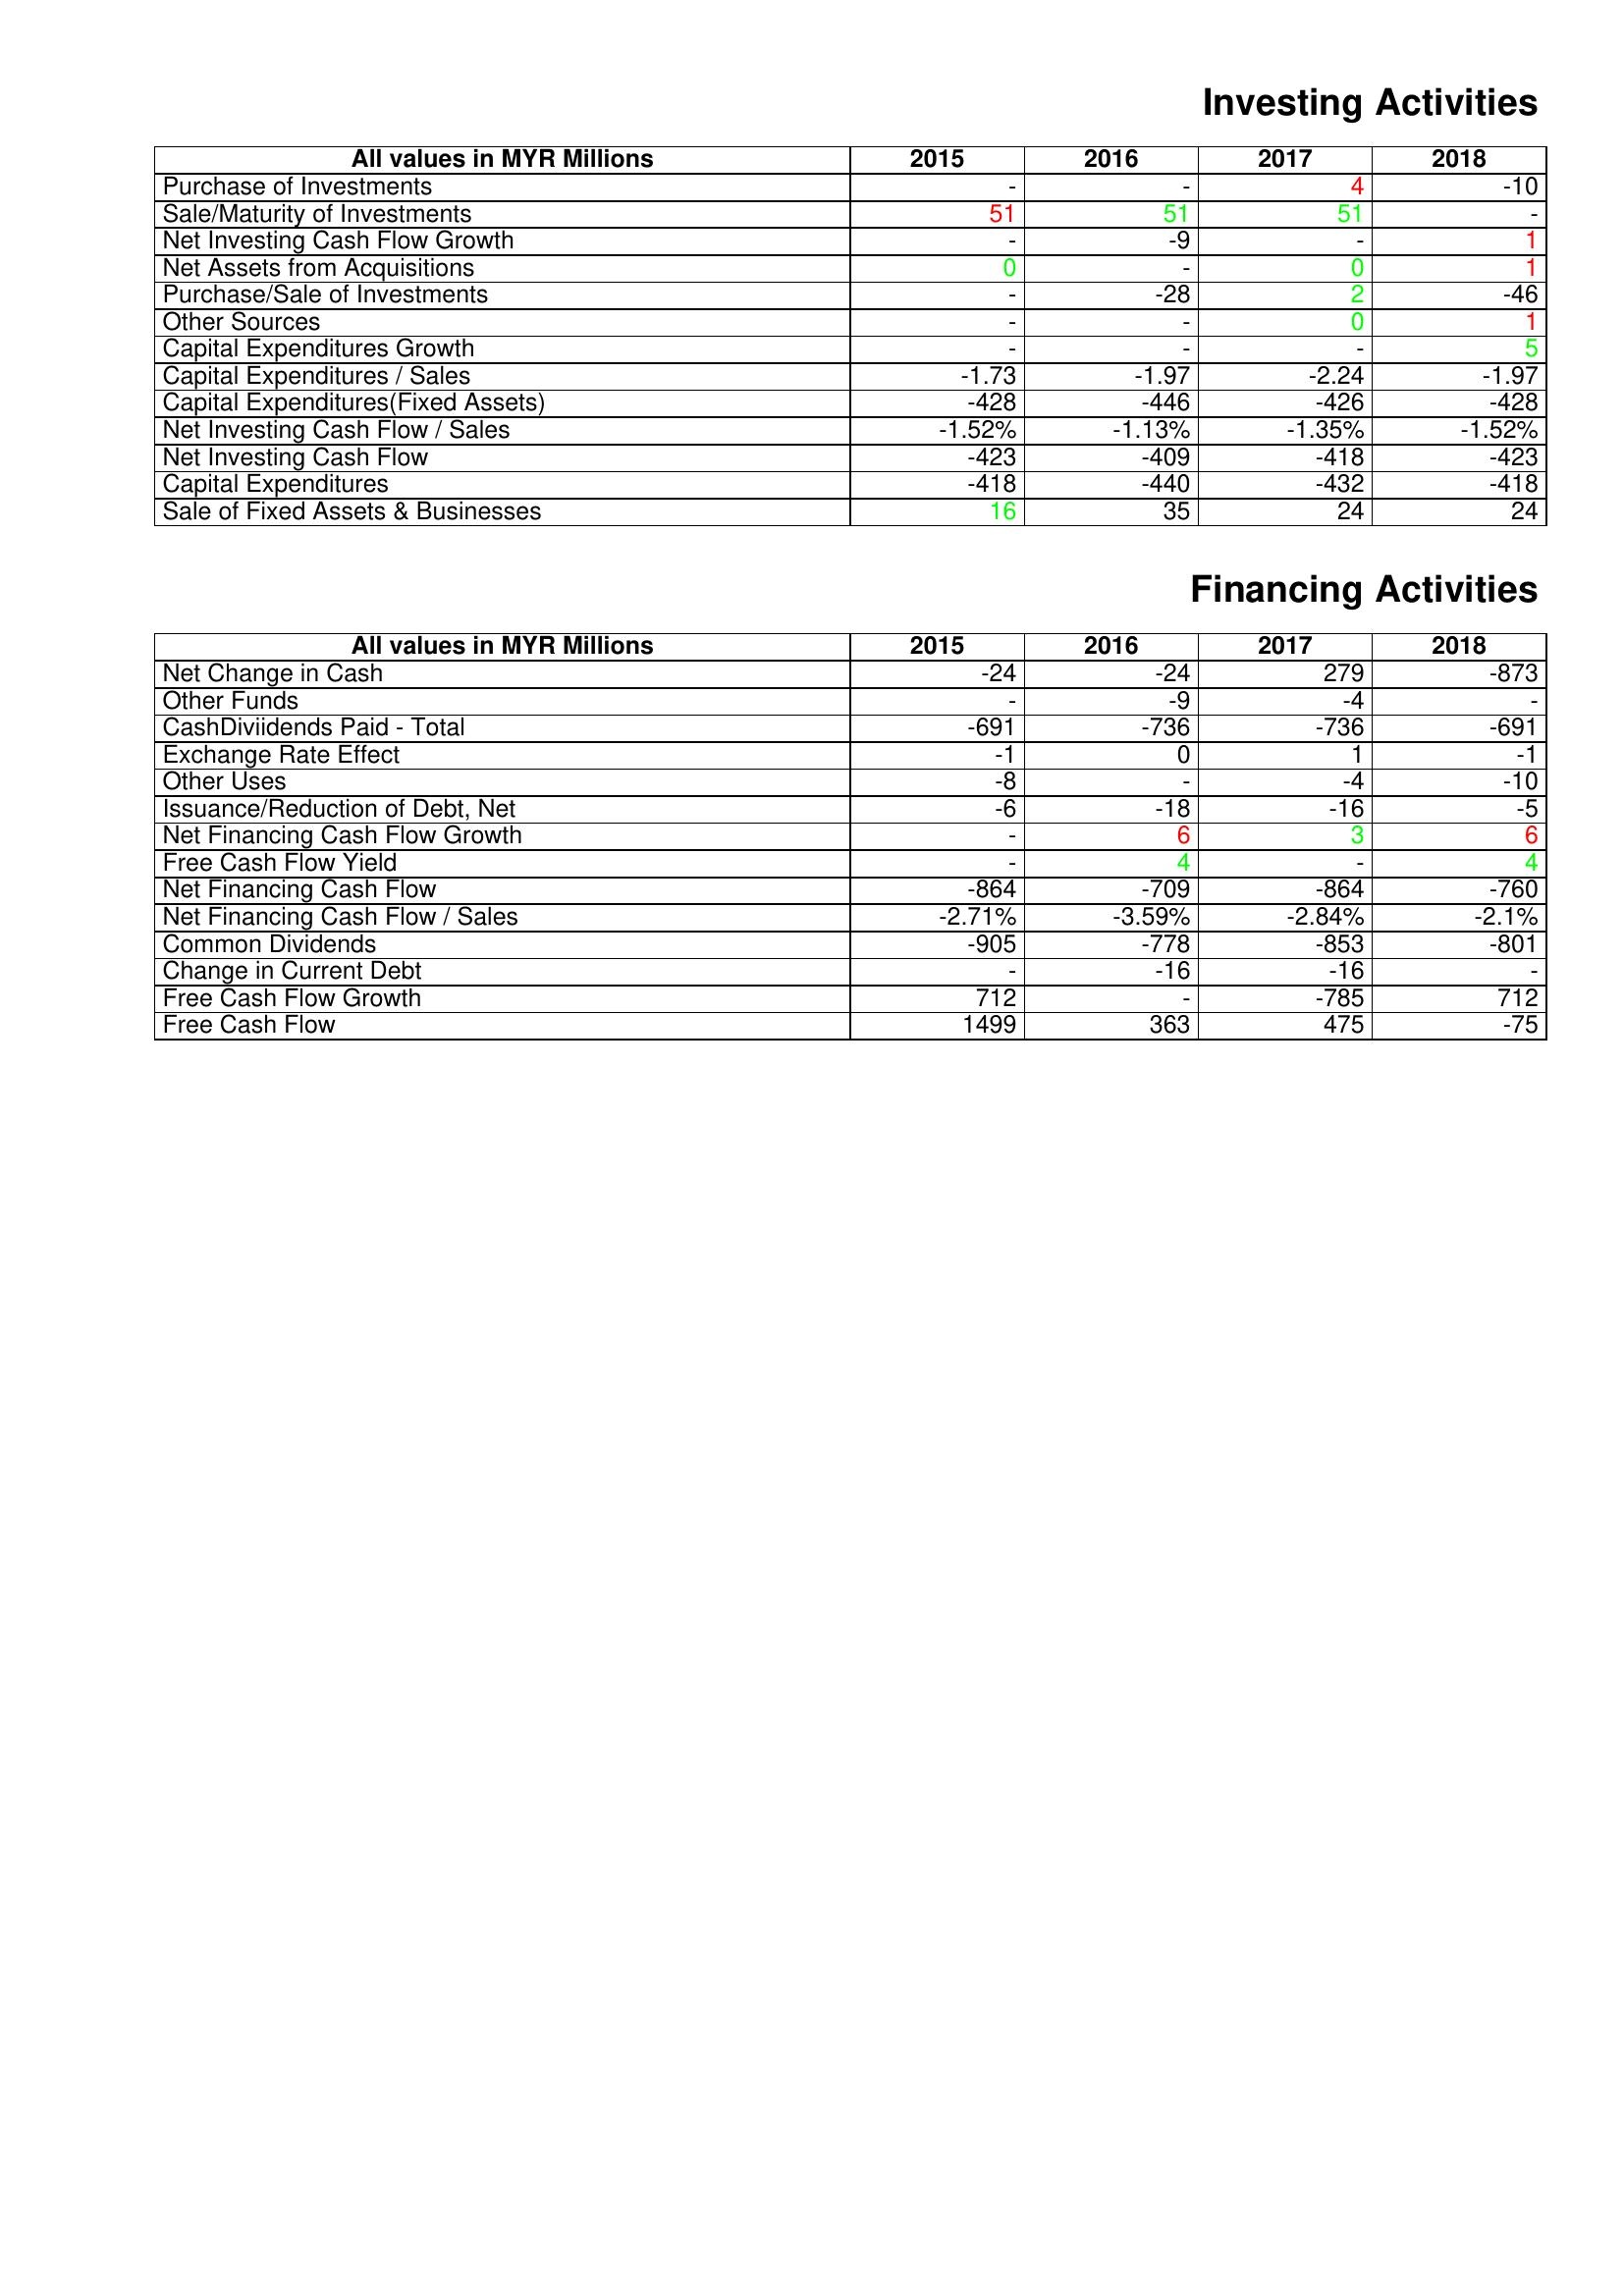
gt_parse: 2015: Investing Activities: Purchase of Investments: -
Sale/Maturity of Investments: 51
Net Investing Cash Flow Growth: -
Net Assets from Acquisitions: 0
Purchase/Sale of Investments: -
Other Sources: -
Capital Expenditures Growth: -
Capital Expenditures / Sales: -1.73
Capital Expenditures(Fixed Assets): -428
Net Investing Cash Flow / Sales: -1.52%
Net Investing Cash Flow: -423
Capital Expenditures: -418
Sale of Fixed Assets & Businesses: 16
Financing Activities: Net Change in Cash: -24
Other Funds: -
CashDiviidends Paid - Total: -691
Exchange Rate Effect: -1
Other Uses: -8
Issuance/Reduction of Debt, Net: -6
Net Financing Cash Flow Growth: -
Free Cash Flow Yield: -
Net Financing Cash Flow: -864
Net Financing Cash Flow / Sales: -2.71%
Common Dividends: -905
Change in Current Debt: -
Free Cash Flow Growth: 712
Free Cash Flow: 1499
2016: Investing Activities: Purchase of Investments: -
Sale/Maturity of Investments: 51
Net Investing Cash Flow Growth: -9
Net Assets from Acquisitions: -
Purchase/Sale of Investments: -28
Other Sources: -
Capital Expenditures Growth: -
Capital Expenditures / Sales: -1.97
Capital Expenditures(Fixed Assets): -446
Net Investing Cash Flow / Sales: -1.13%
Net Investing Cash Flow: -409
Capital Expenditures: -440
Sale of Fixed Assets & Businesses: 35
Financing Activities: Net Change in Cash: -24
Other Funds: -9
CashDiviidends Paid - Total: -736
Exchange Rate Effect: 0
Other Uses: -
Issuance/Reduction of Debt, Net: -18
Net Financing Cash Flow Growth: 6
Free Cash Flow Yield: 4
Net Financing Cash Flow: -709
Net Financing Cash Flow / Sales: -3.59%
Common Dividends: -778
Change in Current Debt: -16
Free Cash Flow Growth: -
Free Cash Flow: 363
2017: Investing Activities: Purchase of Investments: 4
Sale/Maturity of Investments: 51
Net Investing Cash Flow Growth: -
Net Assets from Acquisitions: 0
Purchase/Sale of Investments: 2
Other Sources: 0
Capital Expenditures Growth: -
Capital Expenditures / Sales: -2.24
Capital Expenditures(Fixed Assets): -426
Net Investing Cash Flow / Sales: -1.35%
Net Investing Cash Flow: -418
Capital Expenditures: -432
Sale of Fixed Assets & Businesses: 24
Financing Activities: Net Change in Cash: 279
Other Funds: -4
CashDiviidends Paid - Total: -736
Exchange Rate Effect: 1
Other Uses: -4
Issuance/Reduction of Debt, Net: -16
Net Financing Cash Flow Growth: 3
Free Cash Flow Yield: -
Net Financing Cash Flow: -864
Net Financing Cash Flow / Sales: -2.84%
Common Dividends: -853
Change in Current Debt: -16
Free Cash Flow Growth: -785
Free Cash Flow: 475
2018: Investing Activities: Purchase of Investments: -10
Sale/Maturity of Investments: -
Net Investing Cash Flow Growth: 1
Net Assets from Acquisitions: 1
Purchase/Sale of Investments: -46
Other Sources: 1
Capital Expenditures Growth: 5
Capital Expenditures / Sales: -1.97
Capital Expenditures(Fixed Assets): -428
Net Investing Cash Flow / Sales: -1.52%
Net Investing Cash Flow: -423
Capital Expenditures: -418
Sale of Fixed Assets & Businesses: 24
Financing Activities: Net Change in Cash: -873
Other Funds: -
CashDiviidends Paid - Total: -691
Exchange Rate Effect: -1
Other Uses: -10
Issuance/Reduction of Debt, Net: -5
Net Financing Cash Flow Growth: 6
Free Cash Flow Yield: 4
Net Financing Cash Flow: -760
Net Financing Cash Flow / Sales: -2.1%
Common Dividends: -801
Change in Current Debt: -
Free Cash Flow Growth: 712
Free Cash Flow: -75